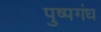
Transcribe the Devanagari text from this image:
पुष्पगंध